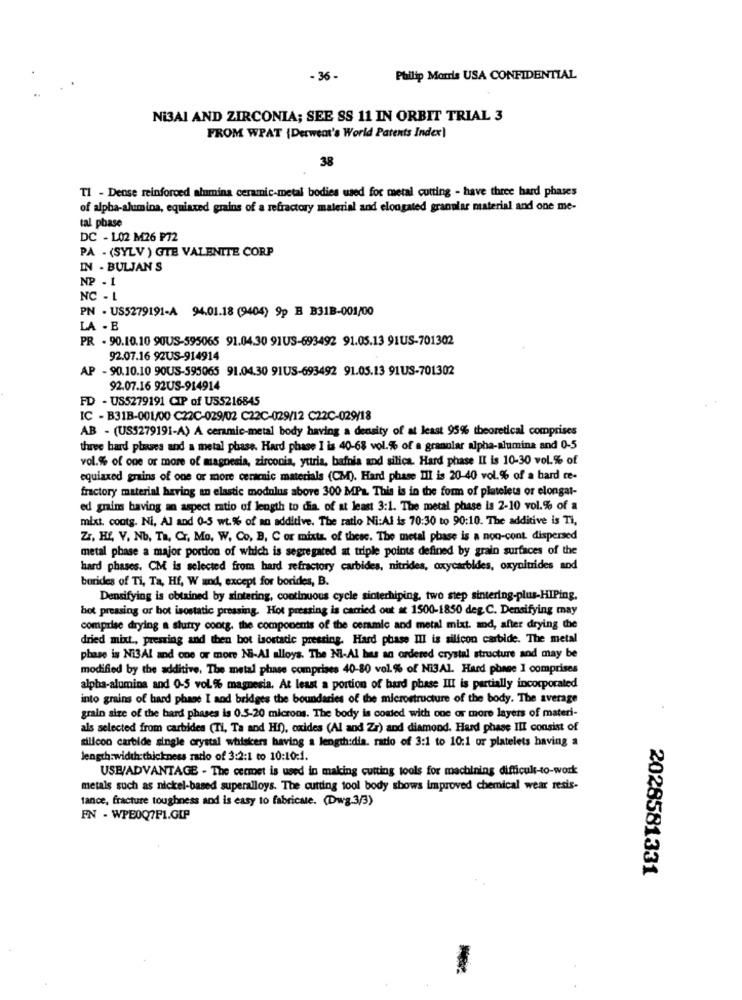
- 36 -
Philip Morris USA CONFIDENTIAL
Ni3AI AND ZIRCONIA; SEE SS 11 IN ORBIT TRIAL 3
FROM WPAT {Derweat's World Patents Index)
38
Tl - Deose reinforced alumina ceramic-metal bodies used for metal cutting - have three hard phases
of alpha-alumina, equiaxed grains of a refractory material and elongated granular material and one me-
tal phase
DC - 102 M26 P72
PA - (SYLV ) GTE VALENITE CORP
IN - BULJAN S
NP - 1
NC - L
PN - US5279191-A 94.01.18 (9404) 9p B B31B-001/00
LA . B
PR - 90.10.10 90US-595065 91.04.30 91US-693492 91.05.13 91US-701302
92.07.16 92US-914914
AP - 90.10.10 90US-595065 91.04.30 91US-693492 91.05.13 91US-701302
92.07.16 92US-914914
FD - US5279191 CIP of US5216845
IC - B31B-001/00 C22C-029/02 C22C-029/12 C22C-029/18
AB - (US5279191-A) A ceramic-metal body having a density of at least 95% theoretical comprises
three bard pluses and a metal phase. Hard phase I is 40-68 vol.% of a granular alpha-alumina and 0-5
vol.% of one or more of magnesia, zirconia, yttria, bafnia and silica. Hard phase II is 10-30 vol.% of
equiaxed grains of one or more ceracnic materials (CM). Hard phase III is 20-40 vol.% of a hard ce-
fractory material having an elastic modulus above 300 MPa. This is in the form of platelets or elongat-
ed grim having an aspect ratio of length to dia, of at least 3:1. The metal phase la 2-10 vol.% of a
mixt. coutg. Ni, Al and 0-5 wt.% of an additive. The ratio Ni:Al is 70:30 to 90:10. The additive is Ti,
Zr, HE, V. No, Ta, Cr, Mo, W, Co, B, C or mixta. of these. The metal phase is a non-cont dispersed
metal phase a major portion of which is segregated at triple points defined by grain surfaces of the
hard phases. CM is selected from hard refractory carbides, nitrides, oxycarbides, oxynitrides and
borides of Ti, Ta, Hf, W and, except for borides, B.
Densifying is obtained by sintering, continuous cycle sinterhiping, two step sintering-plus-HIPing.
bot pressing or bot isostatic pressing. Hot pressing is carried out at 1500-1850 deg C. Densifying may
comprise drying a slurry cootg. the components of the ceramic and metal mixt. and, after drying the
dried mixt ., pressing and then bot isostatic pressing. Hard phase III is silicon carbide. The metal
phase is Ni3Al and one or more Ni-Al alloys. The Ni-Al bus an ordered crystal structure and may be
modified by the additive. The metal phase comprises 40-80 vol % of Ni3Al. Hard phase 1 comprises
alpha-alumina and 0-5 vol % magnesia. At least a portion of bard phase II is partially incorporated
into grains of hard phase I and bridges the boundaries of the microstructure of the body. The average
grain size of the bard phases is 0.5-20 microns. The body is costed with one or more layers of materi-
als selected from carbides (Ti, Ta and Hf), oxides (Al and Zr) and diamond. Hard phase III consist of
silicon carbide single crystal whiskers having a length:dia. ratio of 3:1 to 10:1 or platelets having a
length:width:thickness ratio of 3:2:1 to 10:10:1.
USB/ADVANTAGE - The cermet is used in making cutting tools for machining difficult-to-work
metals such as nickel-based superalloys. The cutting tool body shows improved chemical wear resis-
tance, fracture toughness and is easy to fabricate. (Dwg.3/3)
FN - WPE0Q7F1.GIP
2028581331